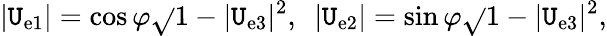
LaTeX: |\mathtt{U}_{\mathrm{{e}}1}|=\cos\varphi\sqrt{}{{1-|\mathtt{U}_{\mathrm{{e}}3}|^{2}}},~~|\mathtt{U}_{\mathrm{{e}}2}|=\sin\varphi\sqrt{}{{1-|\mathtt{U}_{\mathrm{{e}}3}|^{2}}},